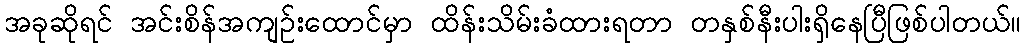
အခုဆိုရင် အင်းစိန်အကျဉ်းထောင်မှာ ထိန်းသိမ်းခံထားရတာ တနှစ်နီးပါးရှိနေပြီဖြစ်ပါတယ်။